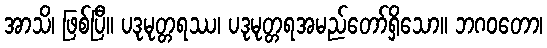
အာသိ၊ ဖြစ်ပြီ။ ပဒုမုတ္တရဿ၊ ပဒုမုတ္တရအမည်တော်ရှိသော။ ဘဂဝတော၊